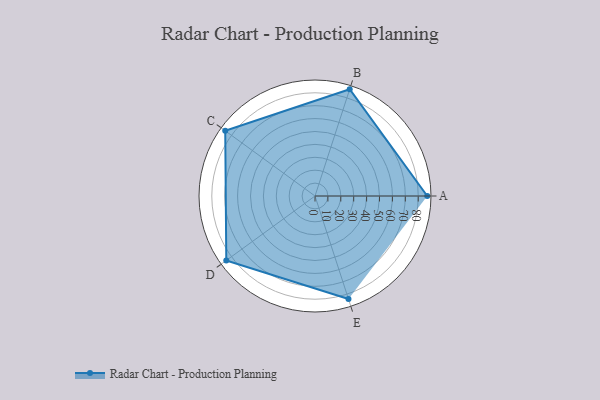
{"axis": {"x": "Skill", "y": "Score"}, "legend": ["Profile"], "data": [{"x": "A", "y": 87.0, "type": "Profile"}, {"x": "B", "y": 87.0, "type": "Profile"}, {"x": "C", "y": 86.0, "type": "Profile"}, {"x": "D", "y": 85.0, "type": "Profile"}, {"x": "E", "y": 84.0, "type": "Profile"}]}